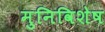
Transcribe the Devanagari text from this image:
मुनिविशेष